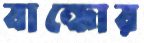
বান্ধোর